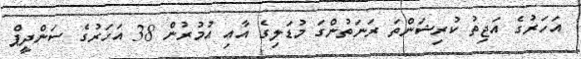
އަހަރުގެ އަޖިތު ކުރިޝަންތަ ރަނަތުންގަ މުޑަލިގެ އާއި އުމުރުން 38 އަހަރުގެ ސަންދީޕް